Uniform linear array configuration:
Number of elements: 4
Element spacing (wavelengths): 1
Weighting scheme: binomial
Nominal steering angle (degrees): -30
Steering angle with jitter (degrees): -30.307
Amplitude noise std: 0.05
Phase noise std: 0.05

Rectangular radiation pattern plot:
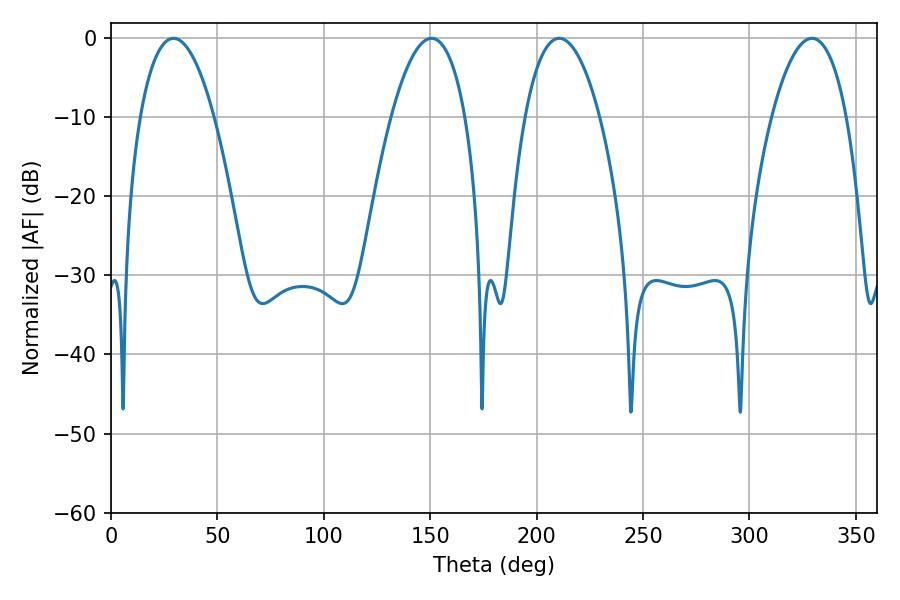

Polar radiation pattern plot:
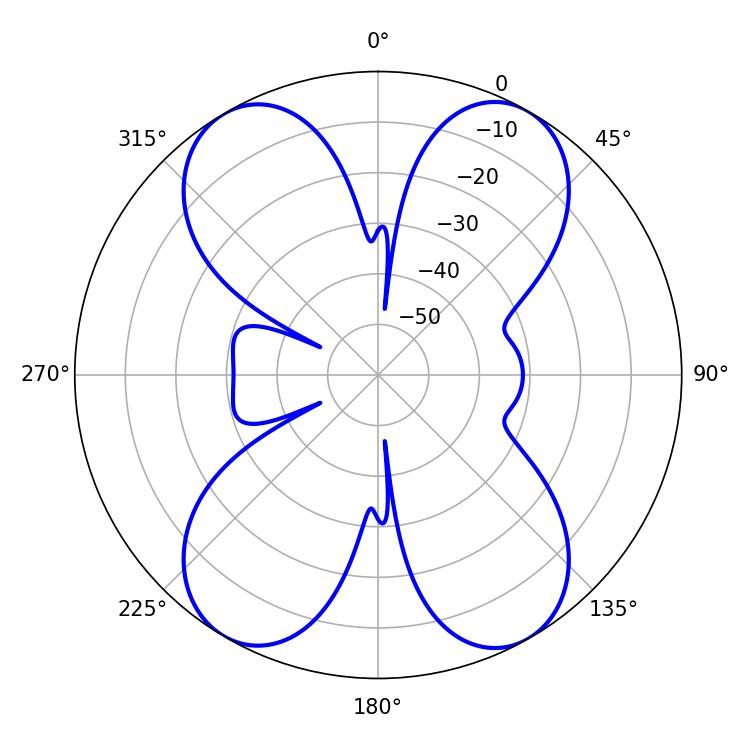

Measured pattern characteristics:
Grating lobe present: TRUE
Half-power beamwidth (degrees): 19.62
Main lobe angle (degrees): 210.6